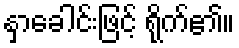
နှာခေါင်းဖြင့် ရိုက်၏။